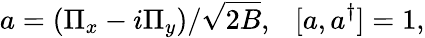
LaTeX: a=(\Pi_{x}-i\Pi_{y})/\sqrt{2B},\ \ \ [a,a^{\dagger}]=1,